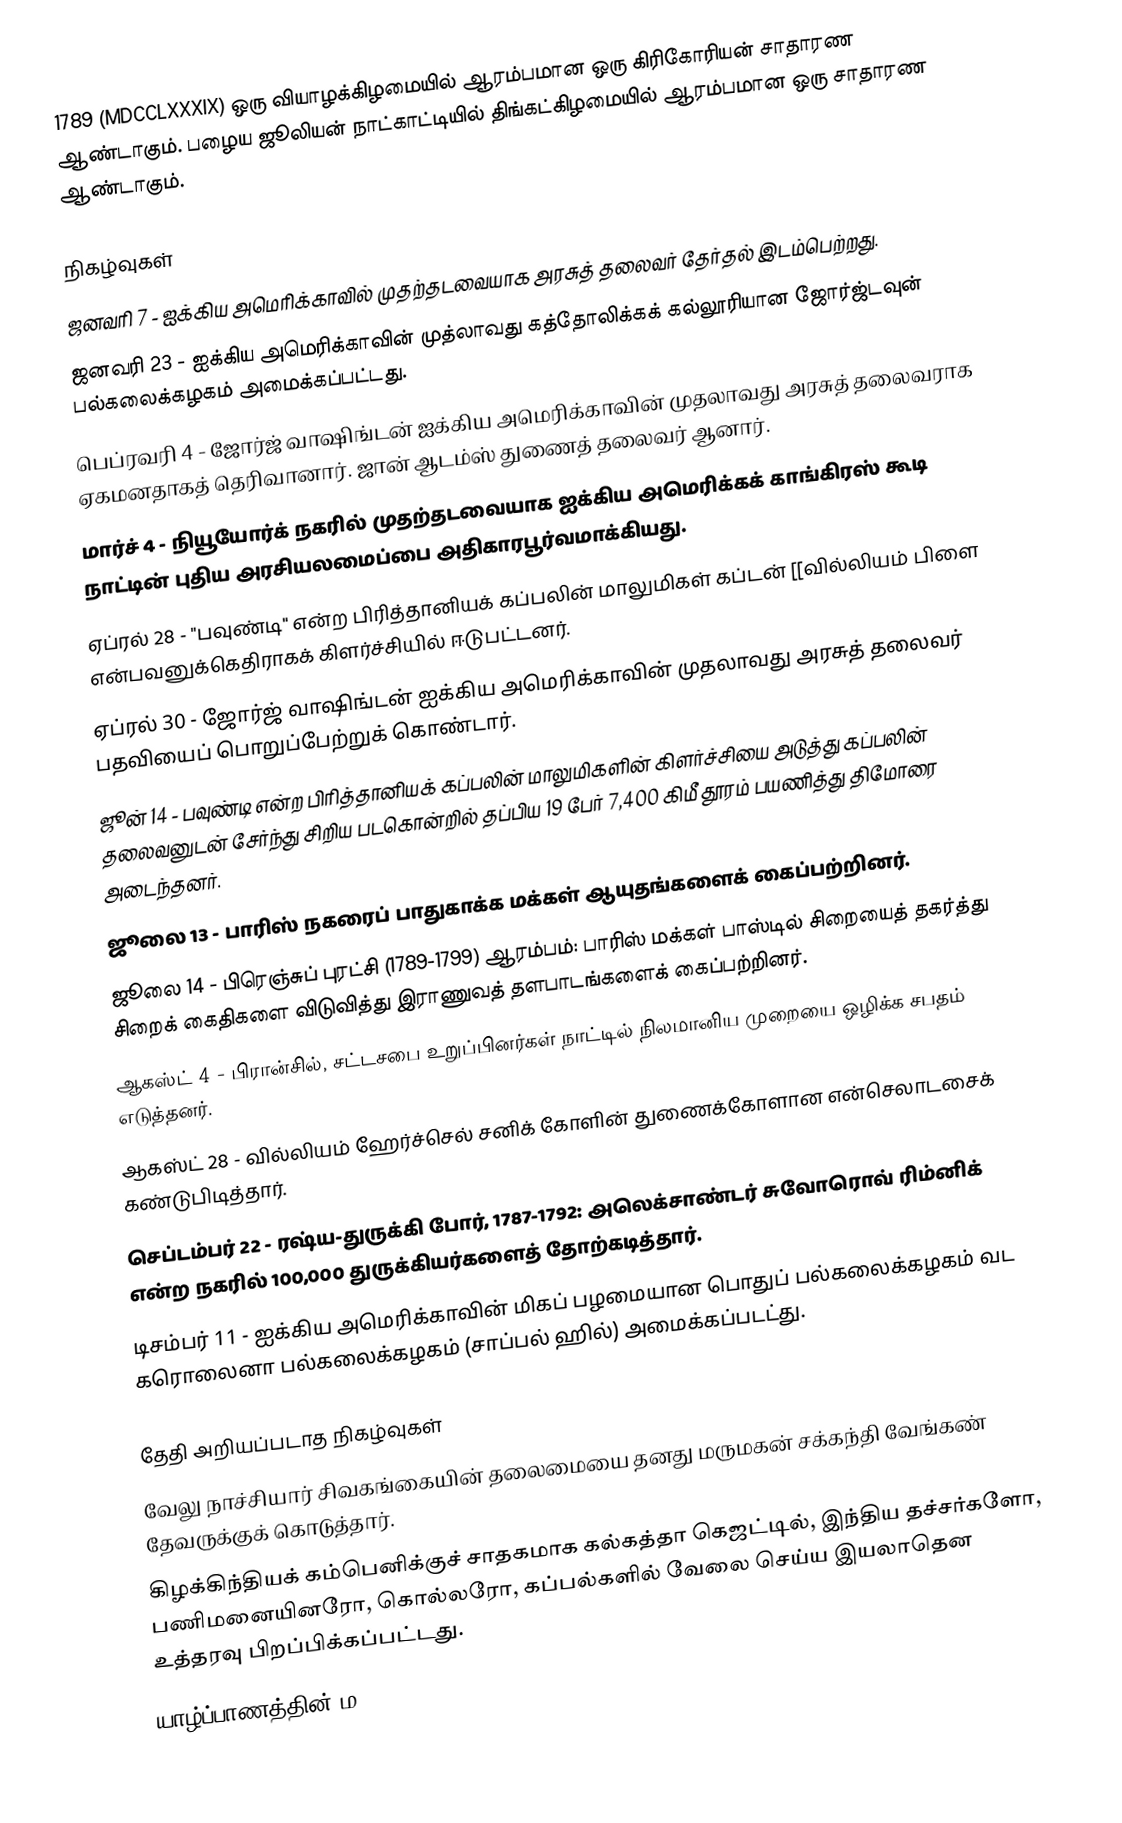
1789  (MDCCLXXXIX) ஒரு வியாழக்கிழமையில் ஆரம்பமான ஒரு கிரிகோரியன் சாதாரண ஆண்டாகும்.  பழைய ஜூலியன் நாட்காட்டியில் திங்கட்கிழமையில் ஆரம்பமான ஒரு சாதாரண ஆண்டாகும்.

நிகழ்வுகள்
 ஜனவரி 7 - ஐக்கிய அமெரிக்காவில் முதற்தடவையாக அரசுத் தலைவர் தேர்தல் இடம்பெற்றது.
 ஜனவரி 23 - ஐக்கிய அமெரிக்காவின் முத்லாவது கத்தோலிக்கக் கல்லூரியான ஜோர்ஜ்டவுன் பல்கலைக்கழகம் அமைக்கப்பட்டது.
 பெப்ரவரி 4 - ஜோர்ஜ் வாஷிங்டன் ஐக்கிய அமெரிக்காவின் முதலாவது அரசுத் தலைவராக ஏகமனதாகத் தெரிவானார். ஜான் ஆடம்ஸ் துணைத் தலைவர் ஆனார்.
 மார்ச் 4 - நியூயோர்க் நகரில் முதற்தடவையாக ஐக்கிய அமெரிக்கக் காங்கிரஸ் கூடி நாட்டின் புதிய அரசியலமைப்பை அதிகாரபூர்வமாக்கியது.
 ஏப்ரல் 28 - "பவுண்டி" என்ற பிரித்தானியக் கப்பலின் மாலுமிகள் கப்டன் [[வில்லியம் பிளை என்பவனுக்கெதிராகக் கிளர்ச்சியில் ஈடுபட்டனர்.
 ஏப்ரல் 30 - ஜோர்ஜ் வாஷிங்டன் ஐக்கிய அமெரிக்காவின் முதலாவது அரசுத் தலைவர் பதவியைப் பொறுப்பேற்றுக் கொண்டார்.
 ஜூன் 14 - பவுண்டி என்ற பிரித்தானியக் கப்பலின் மாலுமிகளின் கிளர்ச்சியை அடுத்து கப்பலின் தலைவனுடன் சேர்ந்து சிறிய படகொன்றில் தப்பிய 19 பேர் 7,400 கிமீ தூரம் பயணித்து திமோரை அடைந்தனர்.
 ஜூலை 13 - பாரிஸ் நகரைப் பாதுகாக்க மக்கள் ஆயுதங்களைக் கைப்பற்றினர்.
 ஜூலை 14 - பிரெஞ்சுப் புரட்சி (1789-1799) ஆரம்பம்: பாரிஸ் மக்கள் பாஸ்டில் சிறையைத் தகர்த்து சிறைக் கைதிகளை விடுவித்து இராணுவத் தளபாடங்களைக் கைப்பற்றினர்.
 ஆகஸ்ட் 4 - பிரான்சில், சட்டசபை உறுப்பினர்கள் நாட்டில் நிலமானிய முறையை ஒழிக்க சபதம் எடுத்தனர்.
 ஆகஸ்ட் 28 - வில்லியம் ஹேர்ச்செல் சனிக் கோளின் துணைக்கோளான என்செலாடசைக் கண்டுபிடித்தார்.
 செப்டம்பர் 22 - ரஷ்ய-துருக்கி போர், 1787-1792: அலெக்சாண்டர் சுவோரொவ் ரிம்னிக் என்ற நகரில் 100,000 துருக்கியர்களைத் தோற்கடித்தார்.
 டிசம்பர் 11 - ஐக்கிய அமெரிக்காவின் மிகப் பழமையான பொதுப் பல்கலைக்கழகம் வட கரொலைனா பல்கலைக்கழகம் (சாப்பல் ஹில்) அமைக்கப்படட்து.

தேதி அறியப்படாத நிகழ்வுகள்
 வேலு நாச்சியார் சிவகங்கையின் தலைமையை தனது மருமகன் சக்கந்தி வேங்கண் தேவருக்குக் கொடுத்தார்.
 கிழக்கிந்தியக் கம்பெனிக்குச் சாதகமாக கல்கத்தா கெஜட்டில், இந்திய தச்சர்களோ, பணிமனையினரோ, கொல்லரோ, கப்பல்களில் வேலை செய்ய இயலாதென உத்தரவு பிறப்பிக்கப்பட்டது.
 யாழ்ப்பாணத்தின் ம